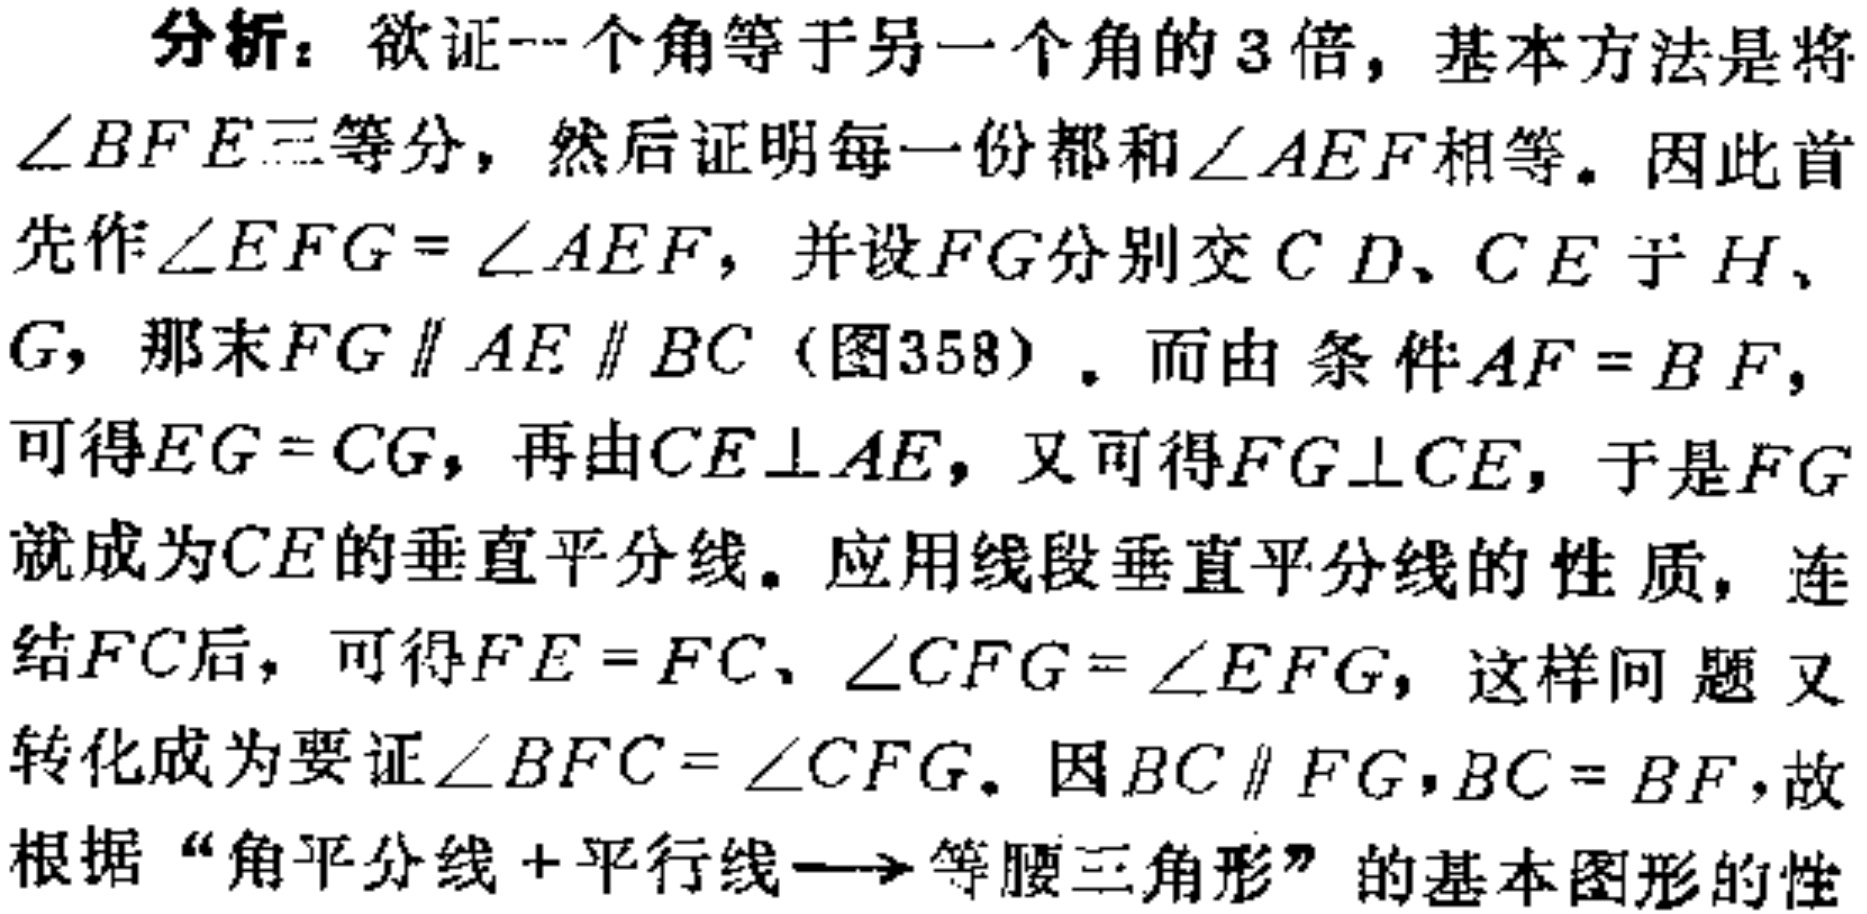
分析：欲证一个角等于另一个角的3倍，基本方法是将
\(\angle BFE\)三等分，然后证明每一份都和\(\angle AEF\)相等。因此首
先作\(\angle EFG = \angle AEF\)，并设\(FG\)分别交\(CD\)、\(CE\)于\(H\)、
\(G\)，那末\(FG\parallel AE\parallel BC\)（图358）。而由条件\(AF = BF\)，
可得\(EG = CG\)，再由\(CE\perp AE\)，又可得\(FG\perp CE\)，于是\(FG\)
就成为\(CE\)的垂直平分线。应用线段垂直平分线的性质，连
结\(FC\)后，可得\(FE = FC\)、\(\angle CFG = \angle EFG\)，这样问题又
转化成为要证\(\angle BFC = \angle CFG\)。因\(BC\parallel FG\)，\(BC = BF\)，故
根据“角平分线+平行线\(\longrightarrow\)等腰三角形”的基本图形的性